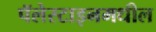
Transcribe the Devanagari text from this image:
पॅलेस्टाइनमधील